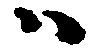
ハ